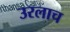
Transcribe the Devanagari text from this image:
उरलाच